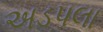
અડપલા